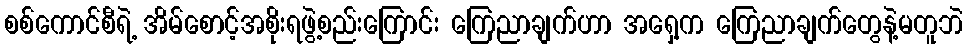
စစ်ကောင်စီရဲ့ အိမ်စောင့်အစိုးရဖွဲ့စည်းကြောင်း ကြေညာချက်ဟာ အရှေ့က ကြေညာချက်တွေနဲ့မတူဘဲ